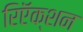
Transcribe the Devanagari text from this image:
रिऍक्शन